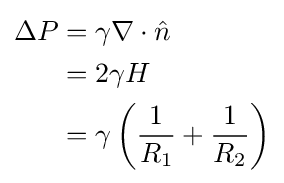
{\begin{aligned}\Delta P&=\gamma \nabla \cdot {\hat {n}}\\&=2\gamma H\\&=\gamma \left({\frac {1}{R_{1}}}+{\frac {1}{R_{2}}}\right)\end{aligned}}